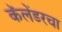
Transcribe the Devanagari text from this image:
कॅलेंडरचा